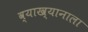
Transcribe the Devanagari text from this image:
व्याख्यानाला